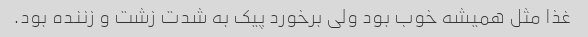
غذا مثل همیشه خوب بود ولی برخورد پیک به شدت زشت و زننده بود.